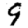
Digit: 9